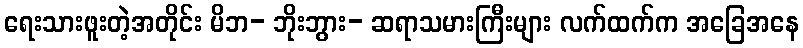
ရေးသားဖူးတဲ့အတိုင်း မိဘ- ဘိုးဘွား- ဆရာသမားကြီးများ လက်ထက်က အခြေအနေ